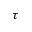
\tau